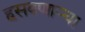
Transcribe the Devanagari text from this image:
हसवणाऱ्या